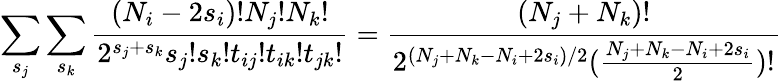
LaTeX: \sum_{s_{j}}\sum_{s_{k}}\frac{(N_{i}-2s_{i})!N_{j}!N_{k}!}{2^{s_{j}+s_{k}}s_{j}!s_{k}!t_{ij}!t_{ik}!t_{jk}!}=\frac{(N_{j}+N_{k})!}{2^{(N_{j}+N_{k}-N_{i}+2s_{i})/2}(\frac{N_{j}+N_{k}-N_{i}+2s_{i}}{2})!}